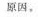
原因。